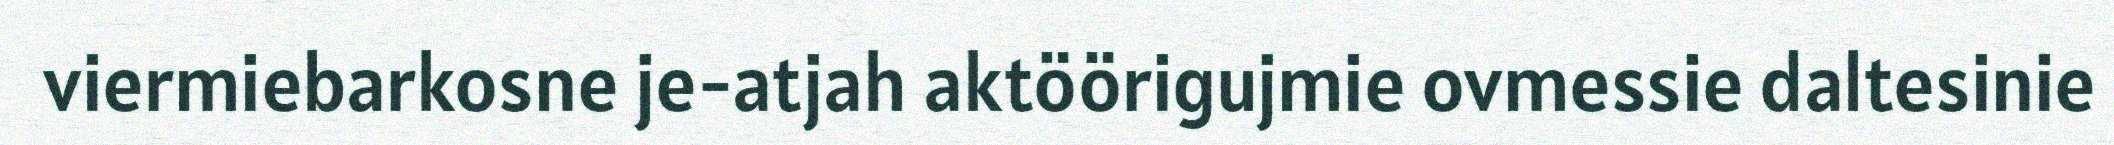
viermiebarkosne je-atjah aktöörigujmie ovmessie daltesinie